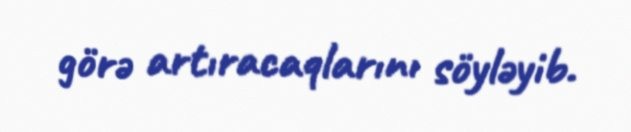
görə artıracaqlarını söyləyib.